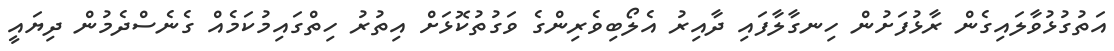
އަތުގުޅުވާލައިގެން ރާޅުފަށުން ހިނގާލާފައި ދާއިރު އެލޯބިވެރިންގެ ވަގުތުކޮޅަށް އިތުރު ހިތްގައިމުކަމެއް ގެނެސްދެމުން ދިޔައީ